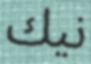
نيك